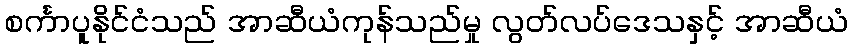
စင်္ကာပူနိုင်ငံသည် အာဆီယံကုန်သည်မှု လွတ်လပ်ဒေသနှင့် အာဆီယံ